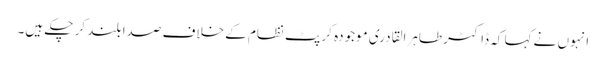
انہوں نے کہا کہ ڈاکٹر طاہرالقادری موجودہ کرپٹ نظام کے خلاف صدا بلند کر چکے ہیں۔